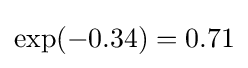
\exp(-0.34)=0.71